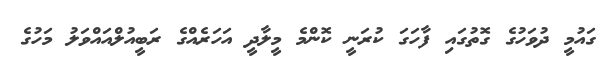
ގައުމީ ދުވަހުގެ ގޮތުގައި ފާހަގަ ކުރަނީ ކޮންމެ މީލާދީ އަހަރެއްގެ ރަބީއުލްއައްވަލު މަހުގެ